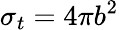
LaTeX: \sigma_{t}=4\pi b^{2}